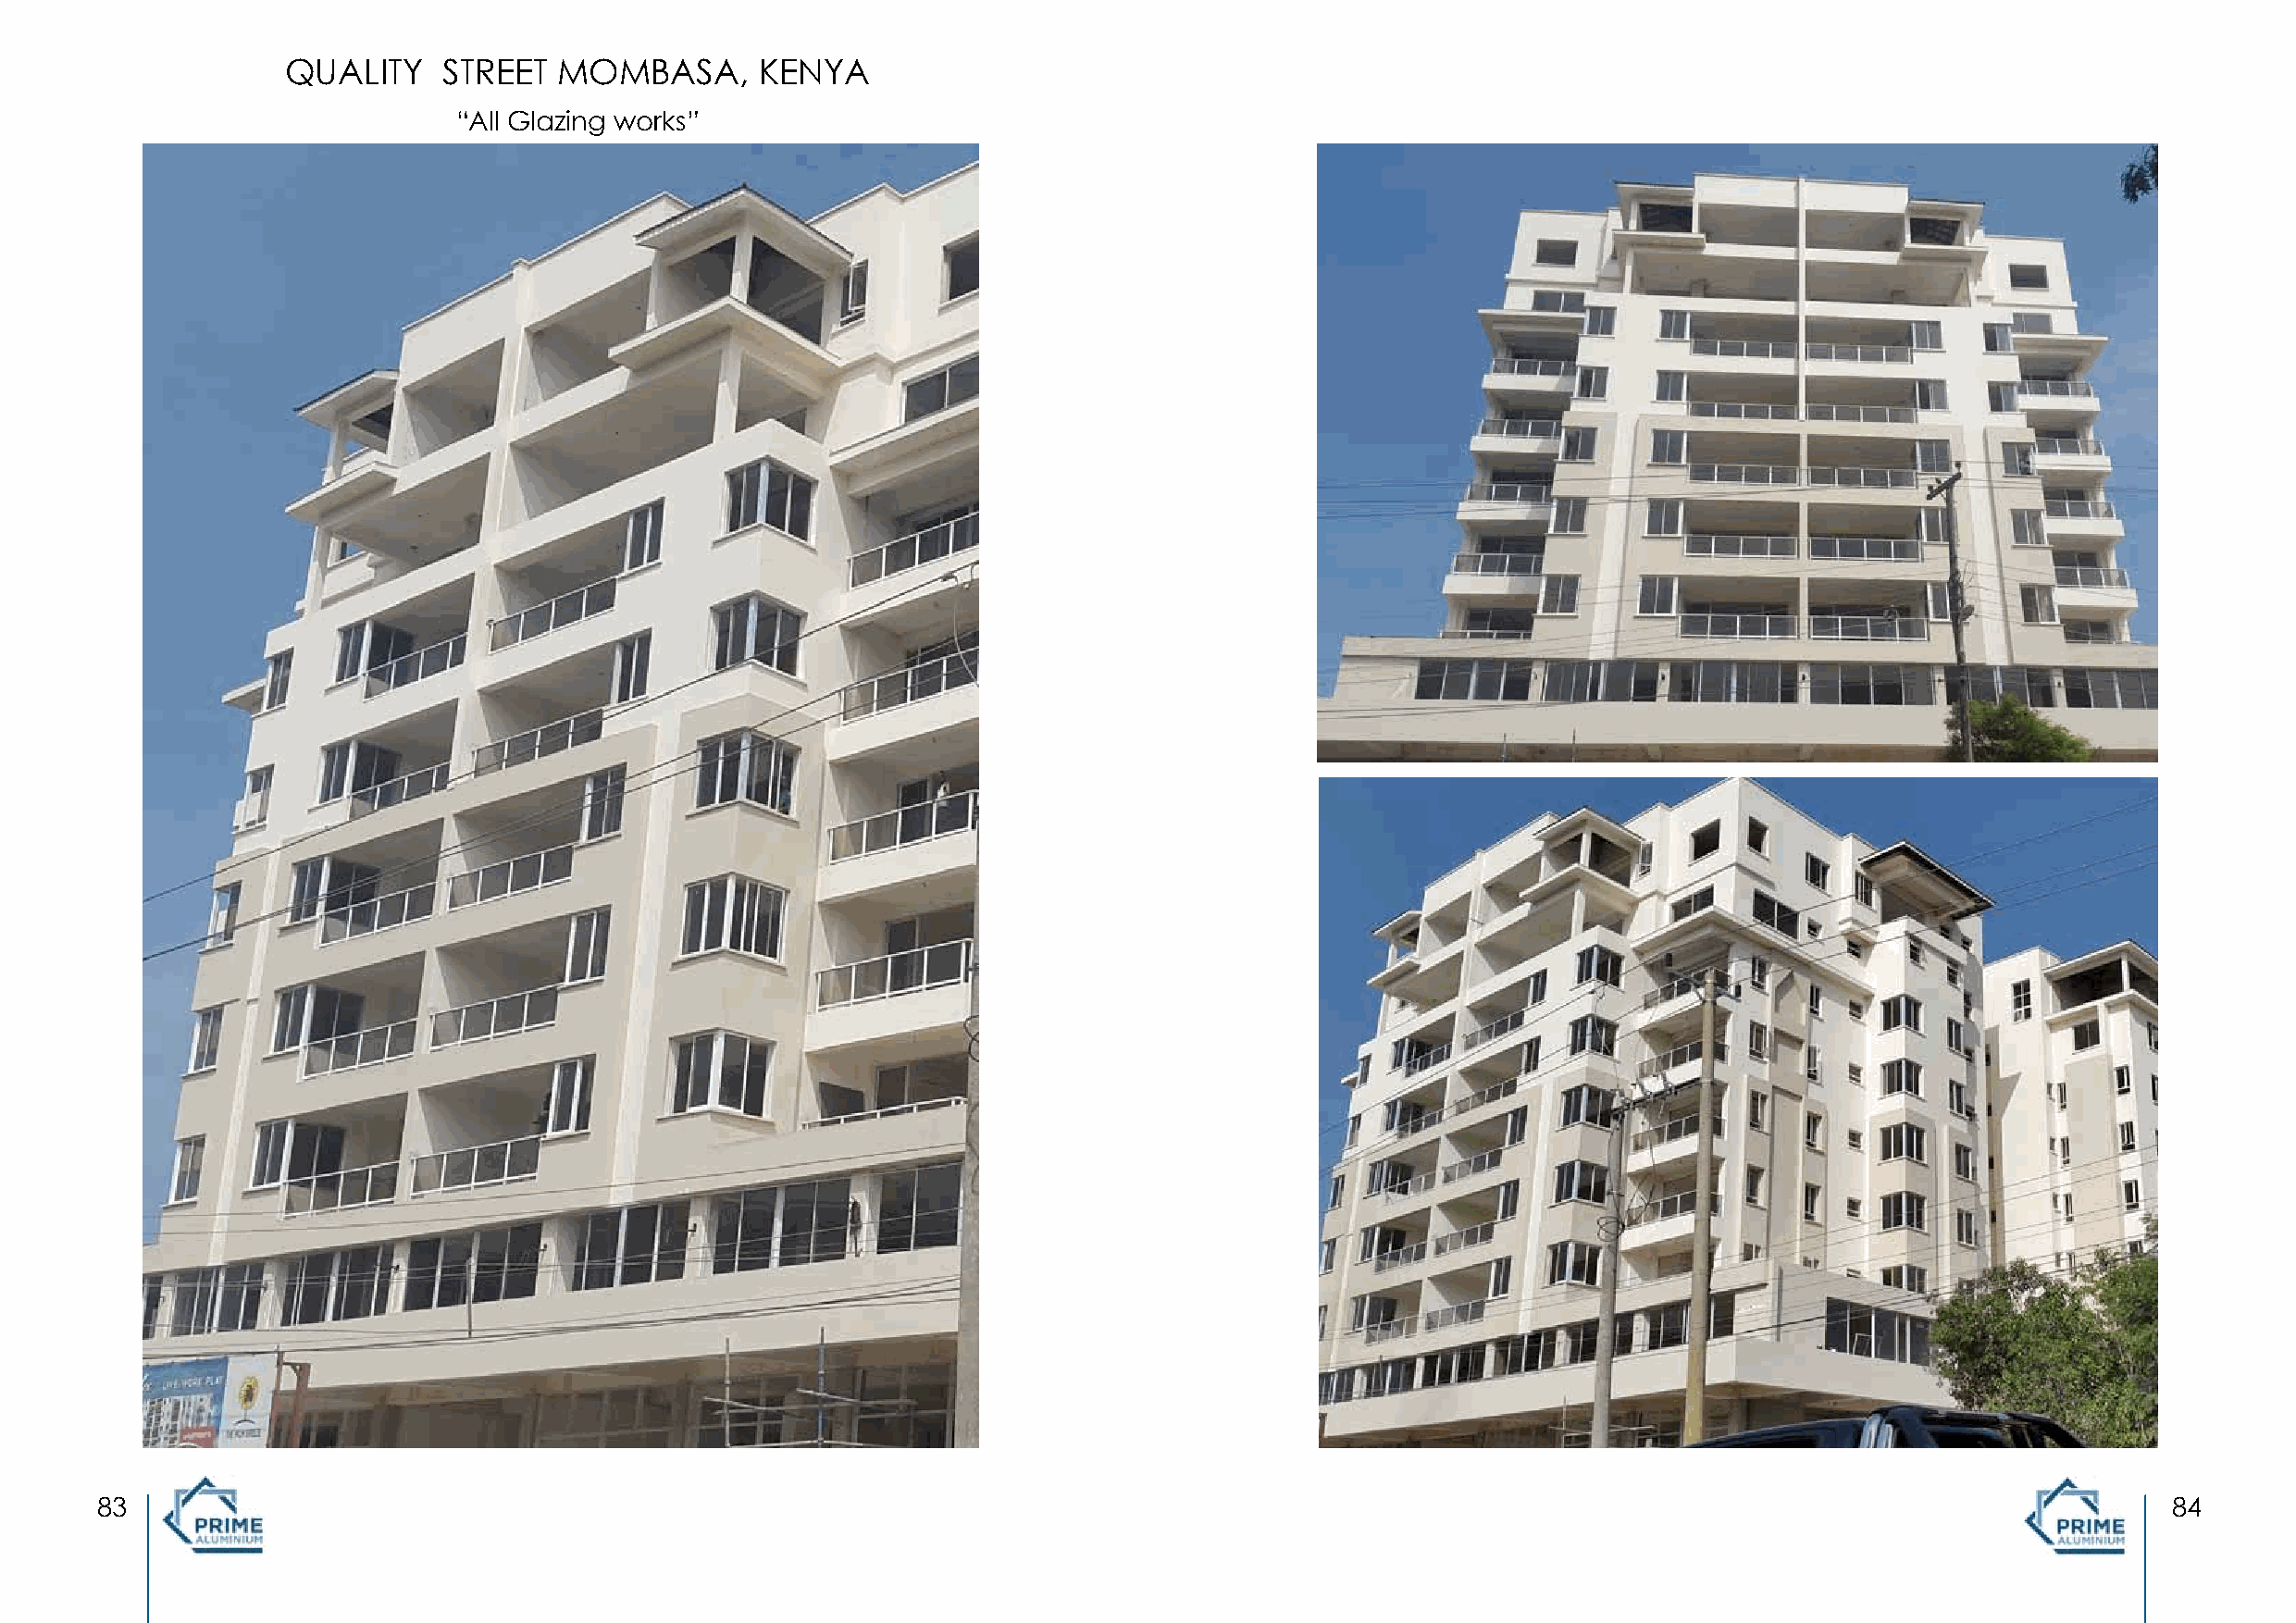
QUALITY     STREET  MOMBASA,      KENYA
 “All Glazing works”
 83                                                                                                                                                  84